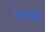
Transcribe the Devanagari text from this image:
हशम